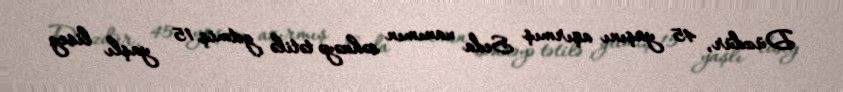
Düzdür, 45 yaşını aşırmış Seda xanımın səhnəyə tətilə getmiş 15 yaşlı lisey